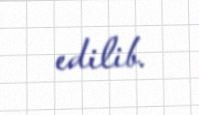
edilib.